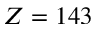
Z = 1 4 3